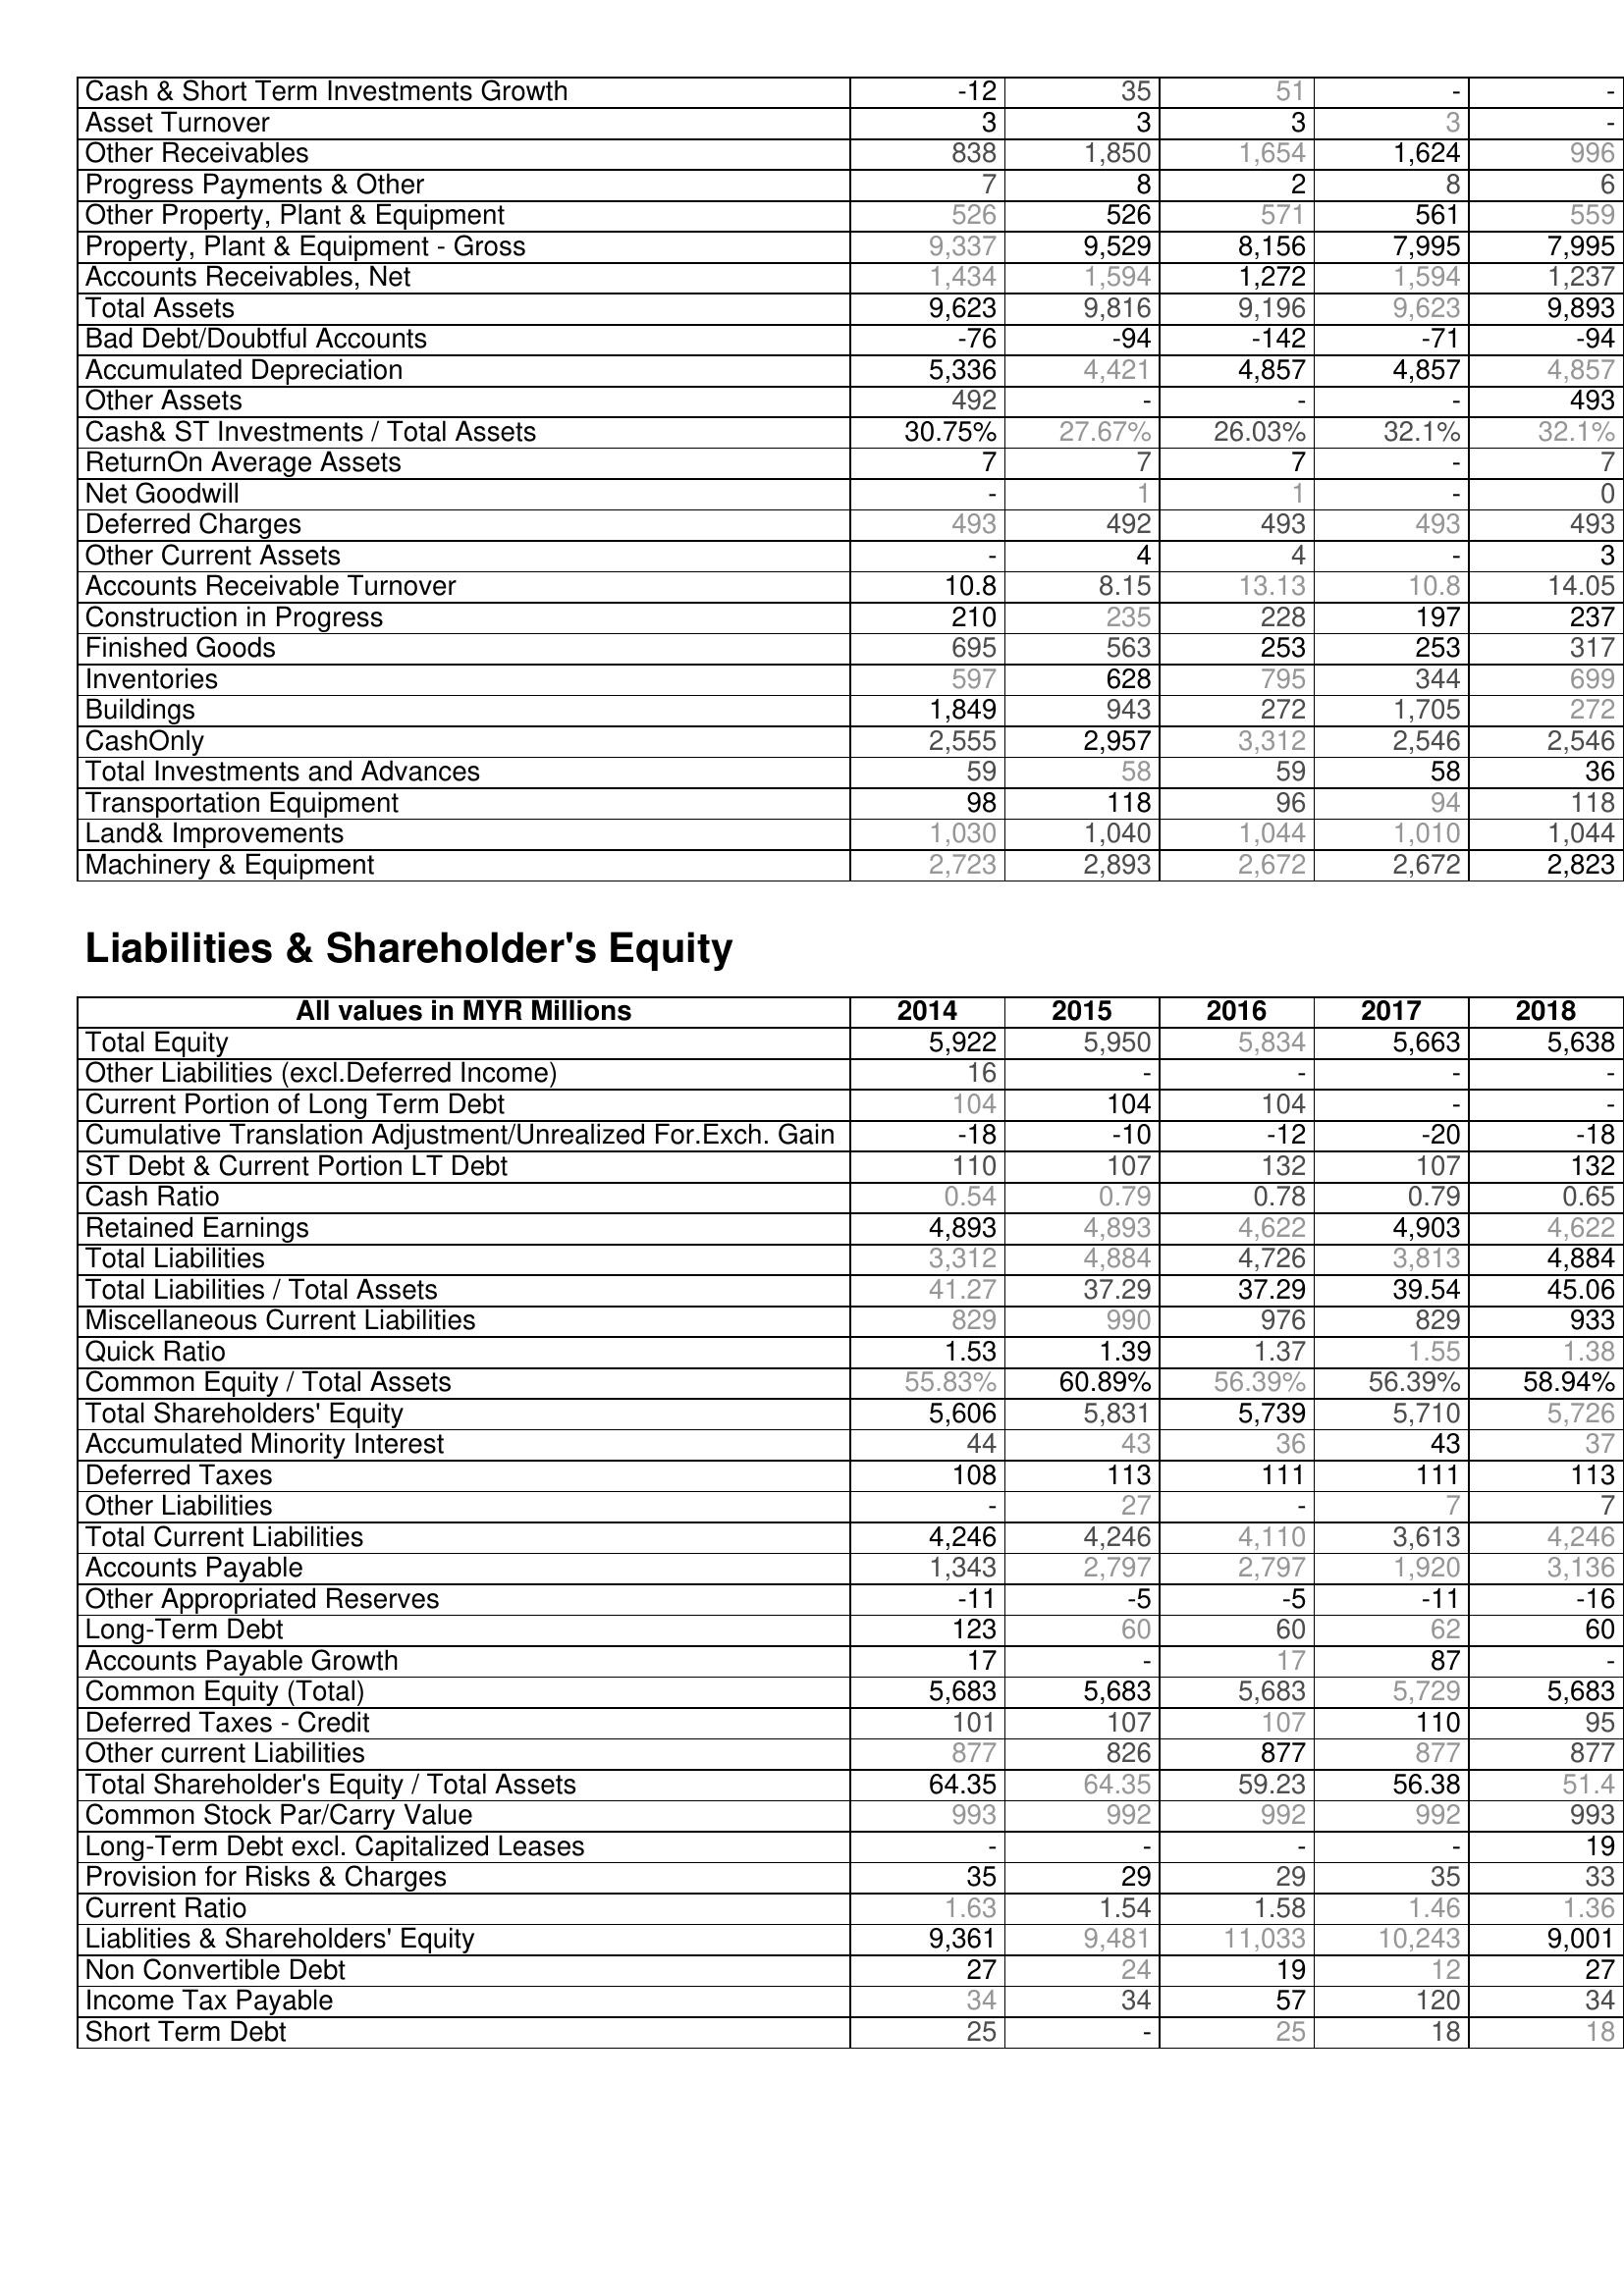
2014: Assets: Cash & Short Term Investments Growth: -12
Asset Turnover: 3
Other Receivables: 838
Progress Payments & Other: 7
Other Property, Plant & Equipment: 526
Property, Plant & Equipment - Gross : 9,337
Accounts Receivables, Net: 1,434
Total Assets: 9,623
Bad Debt/Doubtful Accounts: -76
Accumulated Depreciation: 5,336
Other Assets: 492
Cash& ST Investments / Total Assets: 30.75%
ReturnOn Average Assets: 7
Net Goodwill: -
Deferred Charges: 493
Other Current Assets: -
Accounts Receivable Turnover: 10.8
Construction in Progress: 210
Finished Goods: 695
Inventories: 597
Buildings: 1,849
CashOnly: 2,555
Total Investments and Advances: 59
Transportation Equipment: 98
Land& Improvements: 1,030
Machinery & Equipment: 2,723
Liabilities & Shareholder's Equity: Total Equity: 5,922
Other Liabilities (excl.Deferred Income): 16
Current Portion of Long Term Debt: 104
Cumulative Translation Adjustment/Unrealized For.Exch. Gain: -18
ST Debt & Current Portion LT Debt: 110
Cash Ratio: 0.54
Retained Earnings: 4,893
Total Liabilities: 3,312
Total Liabilities / Total Assets: 41.27
Miscellaneous Current Liabilities: 829
Quick Ratio: 1.53
Common Equity / Total Assets: 55.83%
Total Shareholders' Equity: 5,606
Accumulated Minority Interest: 44
Deferred Taxes: 108
Other Liabilities: -
Total Current Liabilities: 4,246
Accounts Payable: 1,343
Other Appropriated Reserves: -11
Long-Term Debt: 123
Accounts Payable Growth: 17
Common Equity (Total): 5,683
Deferred Taxes - Credit: 101
Other current Liabilities: 877
Total Shareholder's Equity / Total Assets: 64.35
Common Stock Par/Carry Value: 993
Long-Term Debt excl. Capitalized Leases: -
Provision for Risks & Charges: 35
Current Ratio: 1.63
Liablities & Shareholders' Equity: 9,361
Non Convertible Debt: 27
Income Tax Payable: 34
Short Term Debt: 25
2015: Assets: Cash & Short Term Investments Growth: 35
Asset Turnover: 3
Other Receivables: 1,850
Progress Payments & Other: 8
Other Property, Plant & Equipment: 526
Property, Plant & Equipment - Gross : 9,529
Accounts Receivables, Net: 1,594
Total Assets: 9,816
Bad Debt/Doubtful Accounts: -94
Accumulated Depreciation: 4,421
Other Assets: -
Cash& ST Investments / Total Assets: 27.67%
ReturnOn Average Assets: 7
Net Goodwill: 1
Deferred Charges: 492
Other Current Assets: 4
Accounts Receivable Turnover: 8.15
Construction in Progress: 235
Finished Goods: 563
Inventories: 628
Buildings: 943
CashOnly: 2,957
Total Investments and Advances: 58
Transportation Equipment: 118
Land& Improvements: 1,040
Machinery & Equipment: 2,893
Liabilities & Shareholder's Equity: Total Equity: 5,950
Other Liabilities (excl.Deferred Income): -
Current Portion of Long Term Debt: 104
Cumulative Translation Adjustment/Unrealized For.Exch. Gain: -10
ST Debt & Current Portion LT Debt: 107
Cash Ratio: 0.79
Retained Earnings: 4,893
Total Liabilities: 4,884
Total Liabilities / Total Assets: 37.29
Miscellaneous Current Liabilities: 990
Quick Ratio: 1.39
Common Equity / Total Assets: 60.89%
Total Shareholders' Equity: 5,831
Accumulated Minority Interest: 43
Deferred Taxes: 113
Other Liabilities: 27
Total Current Liabilities: 4,246
Accounts Payable: 2,797
Other Appropriated Reserves: -5
Long-Term Debt: 60
Accounts Payable Growth: -
Common Equity (Total): 5,683
Deferred Taxes - Credit: 107
Other current Liabilities: 826
Total Shareholder's Equity / Total Assets: 64.35
Common Stock Par/Carry Value: 992
Long-Term Debt excl. Capitalized Leases: -
Provision for Risks & Charges: 29
Current Ratio: 1.54
Liablities & Shareholders' Equity: 9,481
Non Convertible Debt: 24
Income Tax Payable: 34
Short Term Debt: -
2016: Assets: Cash & Short Term Investments Growth: 51
Asset Turnover: 3
Other Receivables: 1,654
Progress Payments & Other: 2
Other Property, Plant & Equipment: 571
Property, Plant & Equipment - Gross : 8,156
Accounts Receivables, Net: 1,272
Total Assets: 9,196
Bad Debt/Doubtful Accounts: -142
Accumulated Depreciation: 4,857
Other Assets: -
Cash& ST Investments / Total Assets: 26.03%
ReturnOn Average Assets: 7
Net Goodwill: 1
Deferred Charges: 493
Other Current Assets: 4
Accounts Receivable Turnover: 13.13
Construction in Progress: 228
Finished Goods: 253
Inventories: 795
Buildings: 272
CashOnly: 3,312
Total Investments and Advances: 59
Transportation Equipment: 96
Land& Improvements: 1,044
Machinery & Equipment: 2,672
Liabilities & Shareholder's Equity: Total Equity: 5,834
Other Liabilities (excl.Deferred Income): -
Current Portion of Long Term Debt: 104
Cumulative Translation Adjustment/Unrealized For.Exch. Gain: -12
ST Debt & Current Portion LT Debt: 132
Cash Ratio: 0.78
Retained Earnings: 4,622
Total Liabilities: 4,726
Total Liabilities / Total Assets: 37.29
Miscellaneous Current Liabilities: 976
Quick Ratio: 1.37
Common Equity / Total Assets: 56.39%
Total Shareholders' Equity: 5,739
Accumulated Minority Interest: 36
Deferred Taxes: 111
Other Liabilities: -
Total Current Liabilities: 4,110
Accounts Payable: 2,797
Other Appropriated Reserves: -5
Long-Term Debt: 60
Accounts Payable Growth: 17
Common Equity (Total): 5,683
Deferred Taxes - Credit: 107
Other current Liabilities: 877
Total Shareholder's Equity / Total Assets: 59.23
Common Stock Par/Carry Value: 992
Long-Term Debt excl. Capitalized Leases: -
Provision for Risks & Charges: 29
Current Ratio: 1.58
Liablities & Shareholders' Equity: 11,033
Non Convertible Debt: 19
Income Tax Payable: 57
Short Term Debt: 25
2017: Assets: Cash & Short Term Investments Growth: -
Asset Turnover: 3
Other Receivables: 1,624
Progress Payments & Other: 8
Other Property, Plant & Equipment: 561
Property, Plant & Equipment - Gross : 7,995
Accounts Receivables, Net: 1,594
Total Assets: 9,623
Bad Debt/Doubtful Accounts: -71
Accumulated Depreciation: 4,857
Other Assets: -
Cash& ST Investments / Total Assets: 32.1%
ReturnOn Average Assets: -
Net Goodwill: -
Deferred Charges: 493
Other Current Assets: -
Accounts Receivable Turnover: 10.8
Construction in Progress: 197
Finished Goods: 253
Inventories: 344
Buildings: 1,705
CashOnly: 2,546
Total Investments and Advances: 58
Transportation Equipment: 94
Land& Improvements: 1,010
Machinery & Equipment: 2,672
Liabilities & Shareholder's Equity: Total Equity: 5,663
Other Liabilities (excl.Deferred Income): -
Current Portion of Long Term Debt: -
Cumulative Translation Adjustment/Unrealized For.Exch. Gain: -20
ST Debt & Current Portion LT Debt: 107
Cash Ratio: 0.79
Retained Earnings: 4,903
Total Liabilities: 3,813
Total Liabilities / Total Assets: 39.54
Miscellaneous Current Liabilities: 829
Quick Ratio: 1.55
Common Equity / Total Assets: 56.39%
Total Shareholders' Equity: 5,710
Accumulated Minority Interest: 43
Deferred Taxes: 111
Other Liabilities: 7
Total Current Liabilities: 3,613
Accounts Payable: 1,920
Other Appropriated Reserves: -11
Long-Term Debt: 62
Accounts Payable Growth: 87
Common Equity (Total): 5,729
Deferred Taxes - Credit: 110
Other current Liabilities: 877
Total Shareholder's Equity / Total Assets: 56.38
Common Stock Par/Carry Value: 992
Long-Term Debt excl. Capitalized Leases: -
Provision for Risks & Charges: 35
Current Ratio: 1.46
Liablities & Shareholders' Equity: 10,243
Non Convertible Debt: 12
Income Tax Payable: 120
Short Term Debt: 18
2018: Assets: Cash & Short Term Investments Growth: -
Asset Turnover: -
Other Receivables: 996
Progress Payments & Other: 6
Other Property, Plant & Equipment: 559
Property, Plant & Equipment - Gross : 7,995
Accounts Receivables, Net: 1,237
Total Assets: 9,893
Bad Debt/Doubtful Accounts: -94
Accumulated Depreciation: 4,857
Other Assets: 493
Cash& ST Investments / Total Assets: 32.1%
ReturnOn Average Assets: 7
Net Goodwill: 0
Deferred Charges: 493
Other Current Assets: 3
Accounts Receivable Turnover: 14.05
Construction in Progress: 237
Finished Goods: 317
Inventories: 699
Buildings: 272
CashOnly: 2,546
Total Investments and Advances: 36
Transportation Equipment: 118
Land& Improvements: 1,044
Machinery & Equipment: 2,823
Liabilities & Shareholder's Equity: Total Equity: 5,638
Other Liabilities (excl.Deferred Income): -
Current Portion of Long Term Debt: -
Cumulative Translation Adjustment/Unrealized For.Exch. Gain: -18
ST Debt & Current Portion LT Debt: 132
Cash Ratio: 0.65
Retained Earnings: 4,622
Total Liabilities: 4,884
Total Liabilities / Total Assets: 45.06
Miscellaneous Current Liabilities: 933
Quick Ratio: 1.38
Common Equity / Total Assets: 58.94%
Total Shareholders' Equity: 5,726
Accumulated Minority Interest: 37
Deferred Taxes: 113
Other Liabilities: 7
Total Current Liabilities: 4,246
Accounts Payable: 3,136
Other Appropriated Reserves: -16
Long-Term Debt: 60
Accounts Payable Growth: -
Common Equity (Total): 5,683
Deferred Taxes - Credit: 95
Other current Liabilities: 877
Total Shareholder's Equity / Total Assets: 51.4
Common Stock Par/Carry Value: 993
Long-Term Debt excl. Capitalized Leases: 19
Provision for Risks & Charges: 33
Current Ratio: 1.36
Liablities & Shareholders' Equity: 9,001
Non Convertible Debt: 27
Income Tax Payable: 34
Short Term Debt: 18